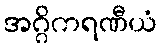
အဂ္ဂိကရဏီယံ